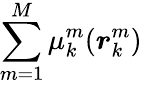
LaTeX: \sum_{m=1}^{M}\mu_{k}^{m}(\boldsymbol{r}_{k}^{m})